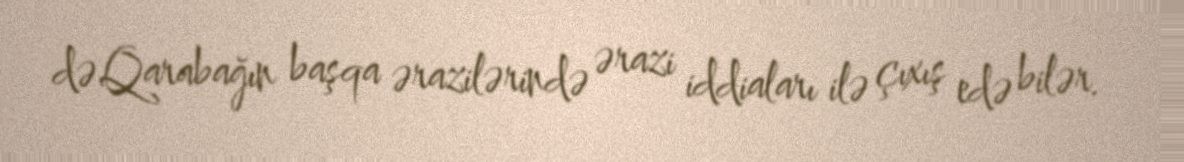
də Qarabağın başqa ərazilərində ərazi iddiaları ilə çıxış edə bilər.